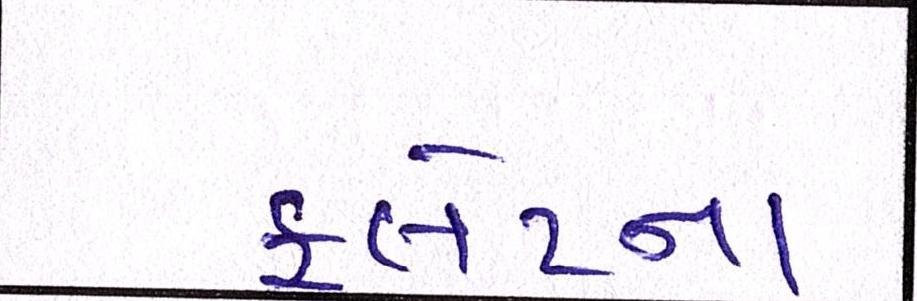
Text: ફ્લેટના